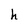
Character: h